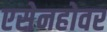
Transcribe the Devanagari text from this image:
एसेनहोवर